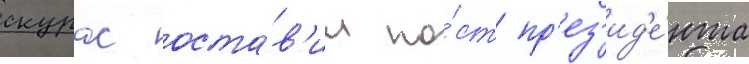
скурас оста́в'ил по́ст пр'ез'ид'е́нта